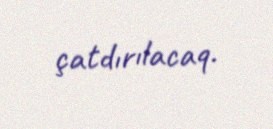
çatdırılacaq.